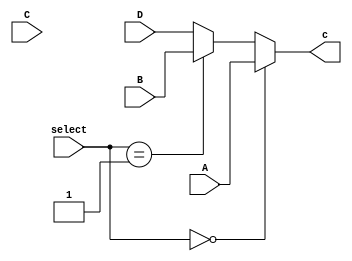

`timescale 1ns / 1ps

/*******************************************************************  
*  
* Module: MUX4x1.v  
* Project: SSRisc  
* Description: a 32 bit 4 by 1 multiplexer
*  
* Change history: 01/07/19 - created to be used for the updating the PC and RD
*  **********************************************************************/ 


module MUX4x1(
input [31:0] A, 
input [31:0] B, 
input [31:0] C, 
input [31:0] D, 
input [1:0] select, 
output [31:0] c 
 );
 
assign c = (select == 00)? A: (select == 01)? B: (select == 10)?  C : D;

endmodule